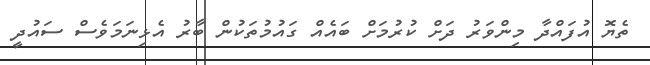
ތެޔޮ އުފައްދާ މިންވަރު ދަށް ކުރުމަށް ބައެއް ގައުމުތަކުން ބާރު އެޅިނަމަވެސް ސައުދީ